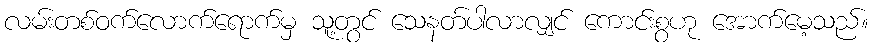
လမ်းတစ်ဝက်လောက်ရောက်မှ သူ့တွင် သေနတ်ပါလာလျှင် ကောင်းစွဟု အောက်မေ့သည်။